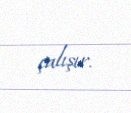
çalışır.